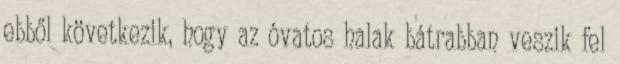
ebből következik, hogy az óvatos halak bátrabban veszik fel